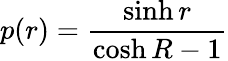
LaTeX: p(r)=\frac{\sinh r}{\cosh R-1}